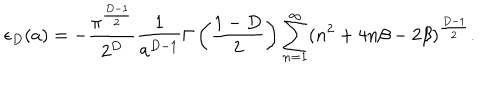
\epsilon _ { D } ( a ) = - \frac { \pi ^ { \frac { D - 1 } { 2 } } } { 2 ^ { D } } \frac { 1 } { a ^ { D - 1 } } \Gamma \left( \frac { 1 - D } { 2 } \right) \sum _ { n = 1 } ^ { \infty } ( n ^ { 2 } + 4 n \beta - 2 \beta ) ^ { \frac { D - 1 } { 2 } } .